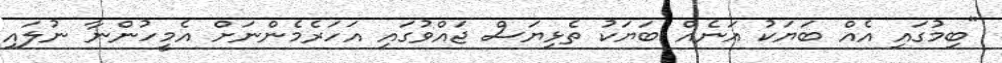
"ބިމުގައި އެއް ބަޔަކު އަނެއް ބަޔަކު ތެޅިޔަސް ޖައްވުގައި އަހަރެމެންނަށް އެމީހުންނާ ނުލައި